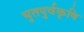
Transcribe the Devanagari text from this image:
भुतपुर्वकृषि